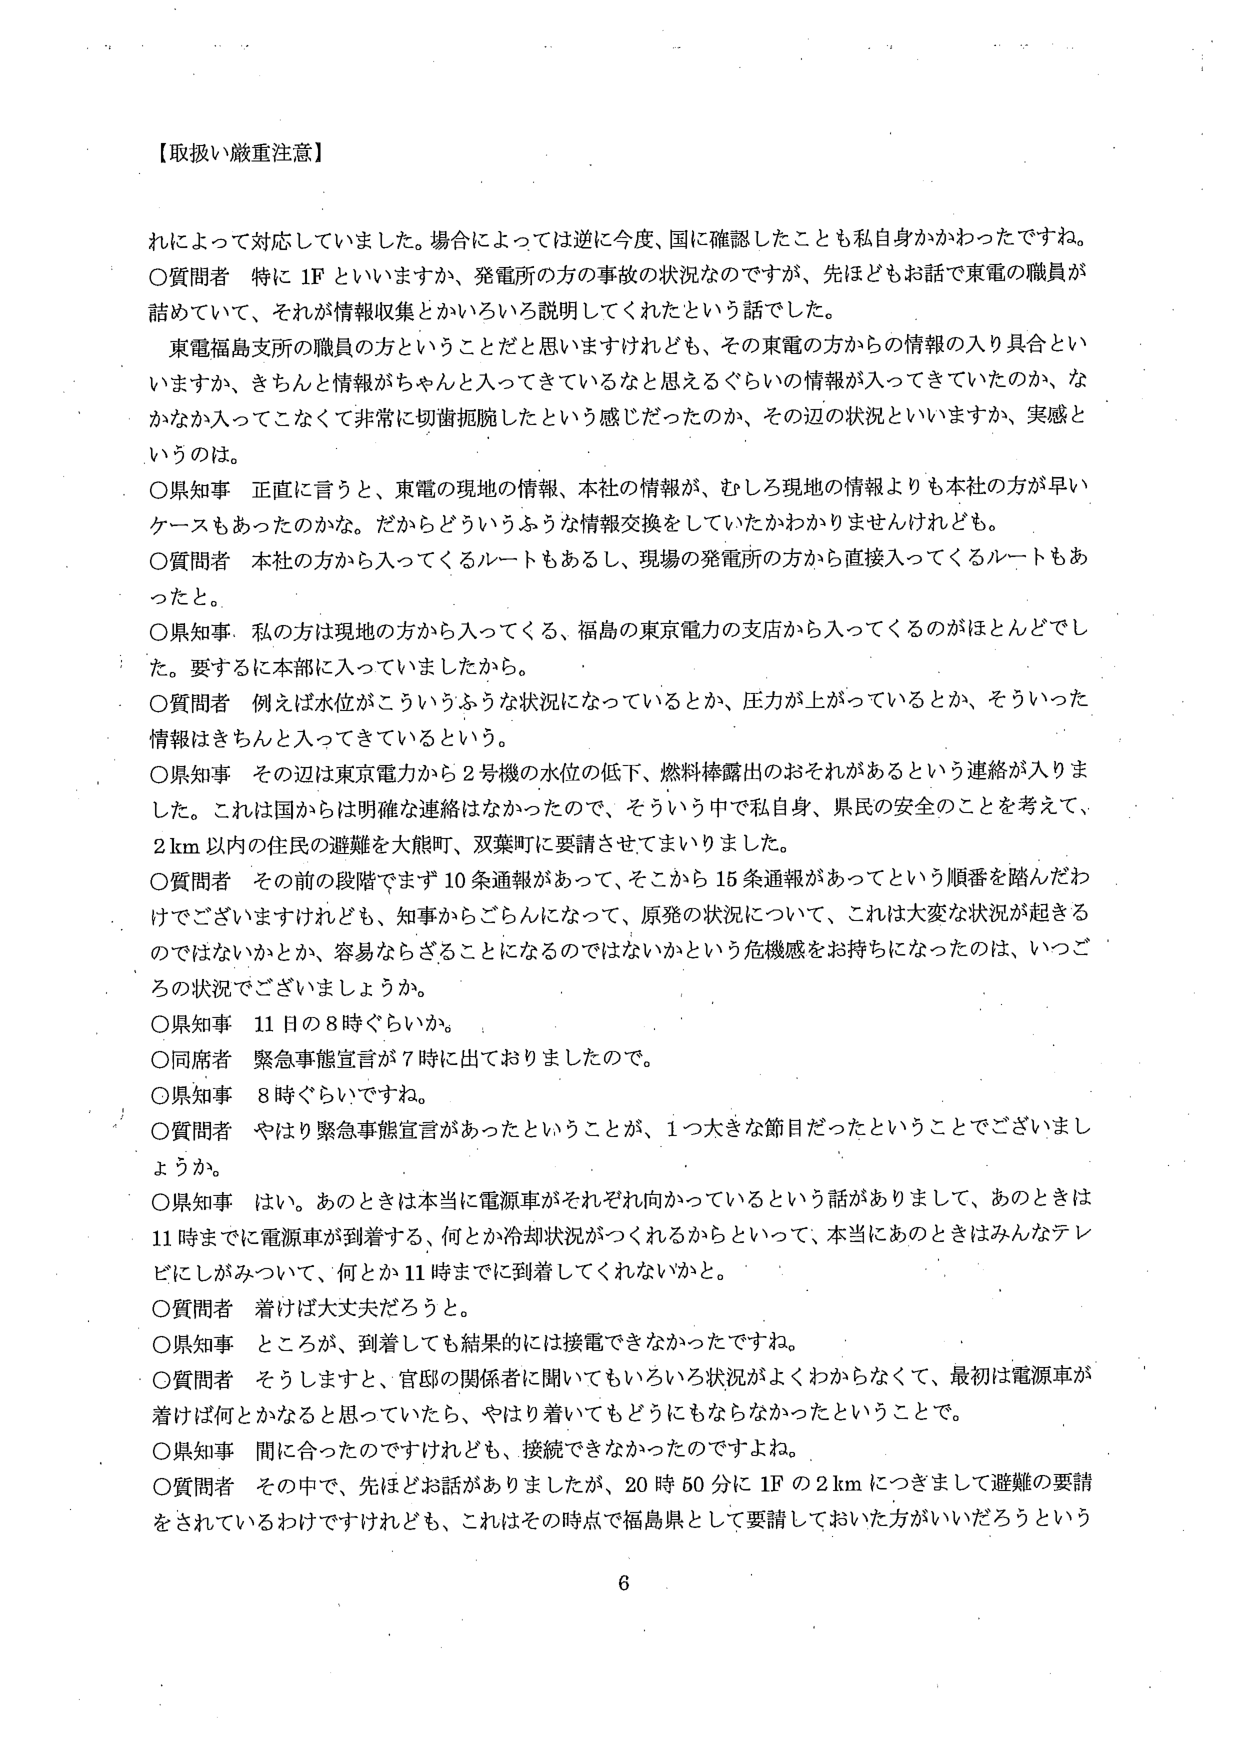
【取扱い厳重注意】

れによって対応していました。場合によっては逆に今度、国に確認したことも私自身かかわったですね。
○質問者 特に1Fといいますか、発電所の方の事故の状況なのですが、先ほどもお話で東電の職員が
詰めていて、それが情報収集とかいろいろ説明してくれたという話でした。
　東電福島支所の職員の方ということだと思いますけれども、その東電の方からの情報の入り具合とい
いますか、きちんと情報がちゃんと入ってきているなと思えるぐらいの情報が入ってきていたのか、な
かなか入ってこなくて非常に切歯扼腕したという感じだったのか、その辺の状況といいますか、実感と
いうのは。
○県知事 正直に言うと、東電の現地の情報、本社の情報が、むしろ現地の情報よりも本社の方が早い
ケースもあったのかな。だからどういうふうな情報交換をしていたかわかりませんけれども。
○質問者 本社の方から入ってくるルートもあるし、現場の発電所の方から直接入ってくるルートもあ
ったと。
○県知事 私の方は現地の方から入ってくる、福島の東京電力の支店から入ってくるのがほとんどでし
た。要するに本部に入っていましたから。
○質問者 例えば水位がこういうふうな状況になっているとか、圧力が上がっているとか、そういった
情報はきちんと入ってきているという。
○県知事 その辺は東京電力から2号機の水位の低下、燃料棒露出のおそれがあるという連絡が入りま
した。これは国からは明確な連絡はなかったので、そういう中で私自身、県民の安全のことを考えて、
2km以内の住民の避難を大熊町、双葉町に要請させてまいりました。
○質問者 その前の段階でまず10条通報があって、そこから15条通報があってという順番を踏んだわ
けでございますけれども、知事からごらんになって、原発の状況について、これは大変な状況が起きる
のではないのか、容易ならざることになるのではないかという危機感をお持ちになったのは、いつご
ろの状況でございましたでしょうか。
○県知事 11日の8時ぐらいか。
○同席者 緊急事態宣言が7時に出ておりましたので。
○県知事 8時ぐらいですね。
○質問者 やはり緊急事態宣言があったということが、1つ大きな節目だったということでございまし
ょうか。
○県知事 はい。あのときは本当に電源車がそれぞれ向かっているという話がありまして、あのときは
11時までに電源車が到着する、何とか冷却状況がつくれるからといって、本当にあのときはみんなテレ
ビにしがみついて、何とか11時までに到着してくれないかと。
○質問者 着けば大丈夫だろうと。
○県知事 ところが、到着しても結果的には接電できなかったですね。
○質問者 そうしますと、官邸の関係者に聞いてもいろいろ状況がよくわからなくて、最初は電源車が
着けば何とかなると思っていたら、やはり着いてもどうにもならなかったということで。
○県知事 間に合ったのですけれども、接続できなかったのですよね。
○質問者 その中で、先ほどお話がありました、20時50分に1Fの2kmにつきまして避難の要請
をされているわけですがけれども、これはその時点で福島県として要請しておいた方がいいだろうという

6